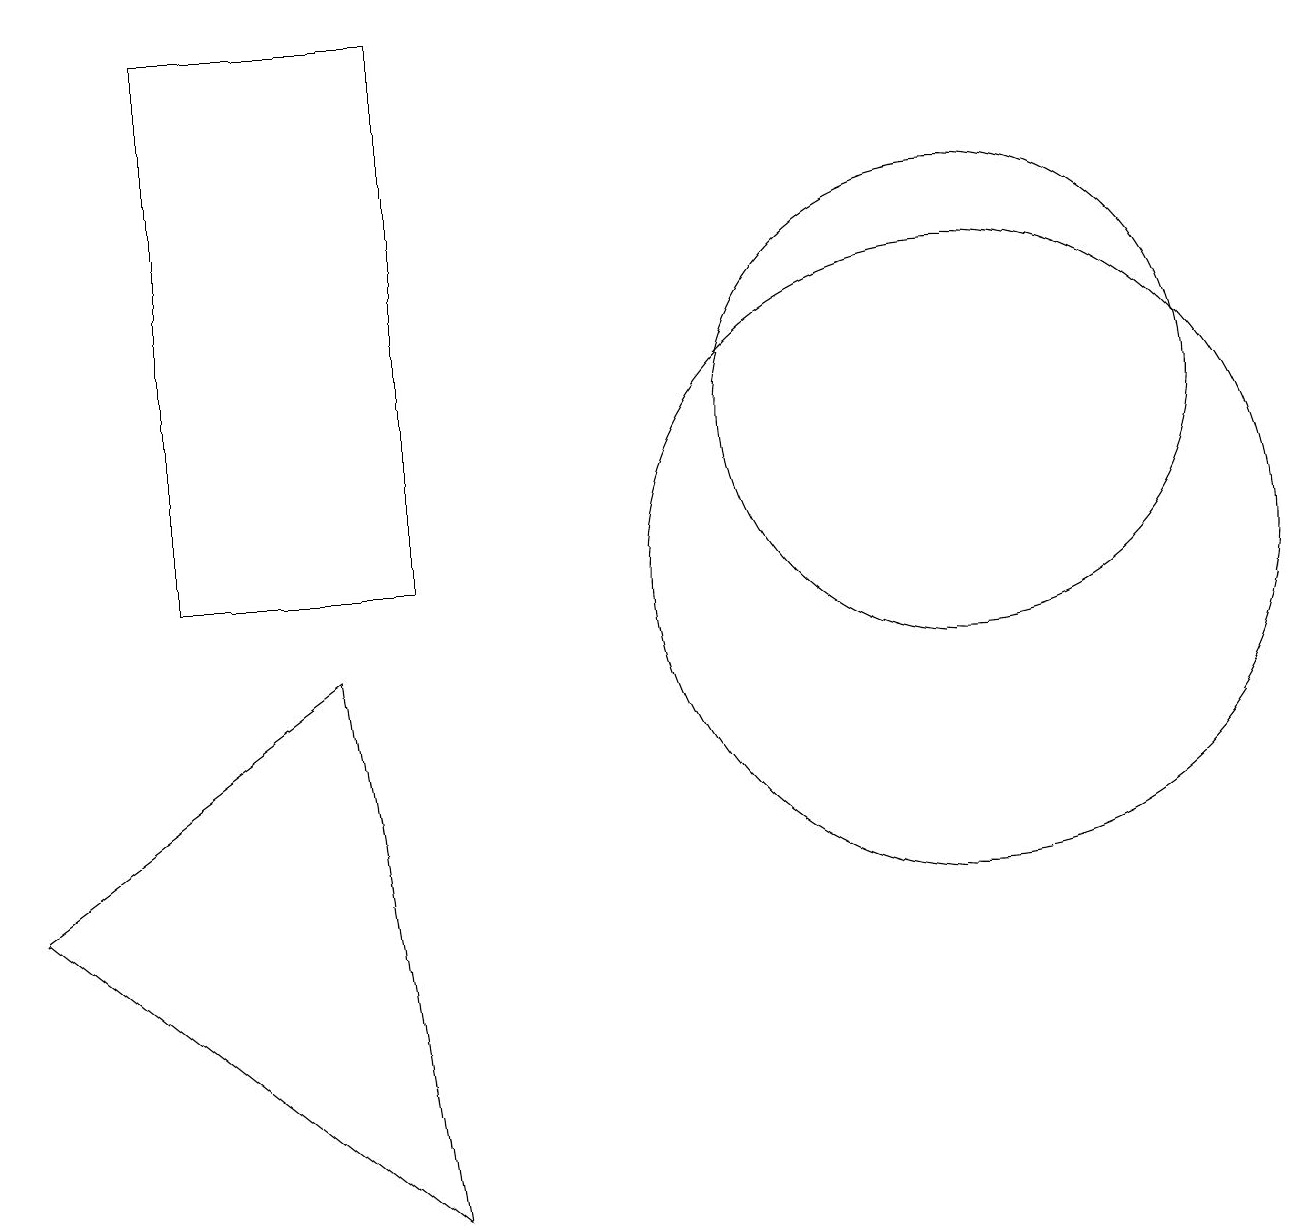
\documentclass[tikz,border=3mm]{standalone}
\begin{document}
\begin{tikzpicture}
\draw (12,10) circle (4);
\draw (4,9) -- (0,6) -- (5,2) -- cycle;
\draw (5,10) rectangle (2,17);
\draw (12,12) circle (3);
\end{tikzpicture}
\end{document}